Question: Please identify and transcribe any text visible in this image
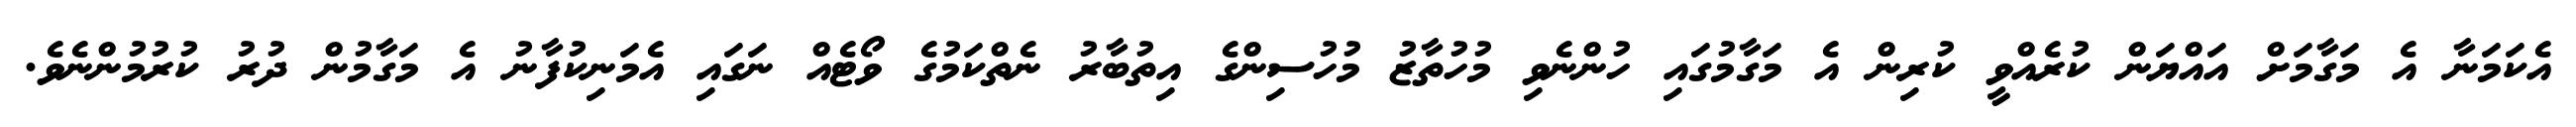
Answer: އެކަމަނާ އެ މަގާމަށް އައްޔަން ކުރެއްވީ ކުރިން އެ މަގާމުގައި ހުންނެވި މުހުތާޒު މުހުސިންގެ އިތުބާރު ނެތްކަމުގެ ވޯޓެއް ނަގައި އެމަނިކުފާނު އެ މަގާމުން ދުރު ކުރުމުންނެވެ.